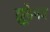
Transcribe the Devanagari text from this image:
झूठेपन